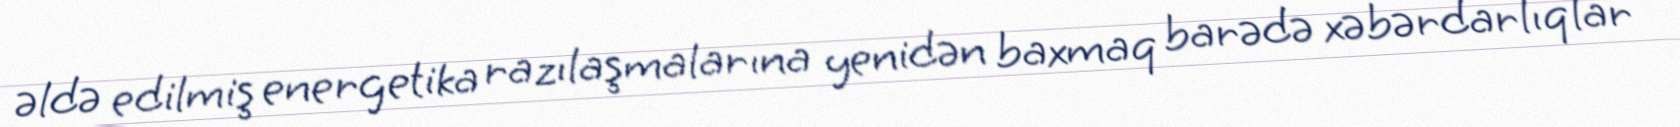
əldə edilmiş energetika razılaşmalarına yenidən baxmaq barədə xəbərdarlıqlar